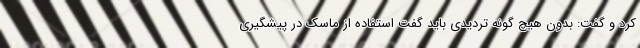
کرد و گفت: بدون هیچ گونه تردیدی باید گفت استفاده از ماسک در پیشگیری